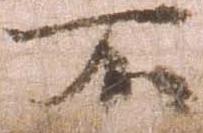
不